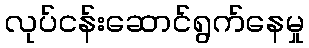
လုပ်ငန်းဆောင်ရွက်နေမှု